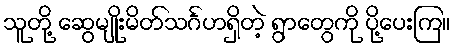
သူတို့ ဆွေမျိုးမိတ်သင်္ဂဟရှိတဲ့ ရွာတွေကို ပို့ပေးကြ။